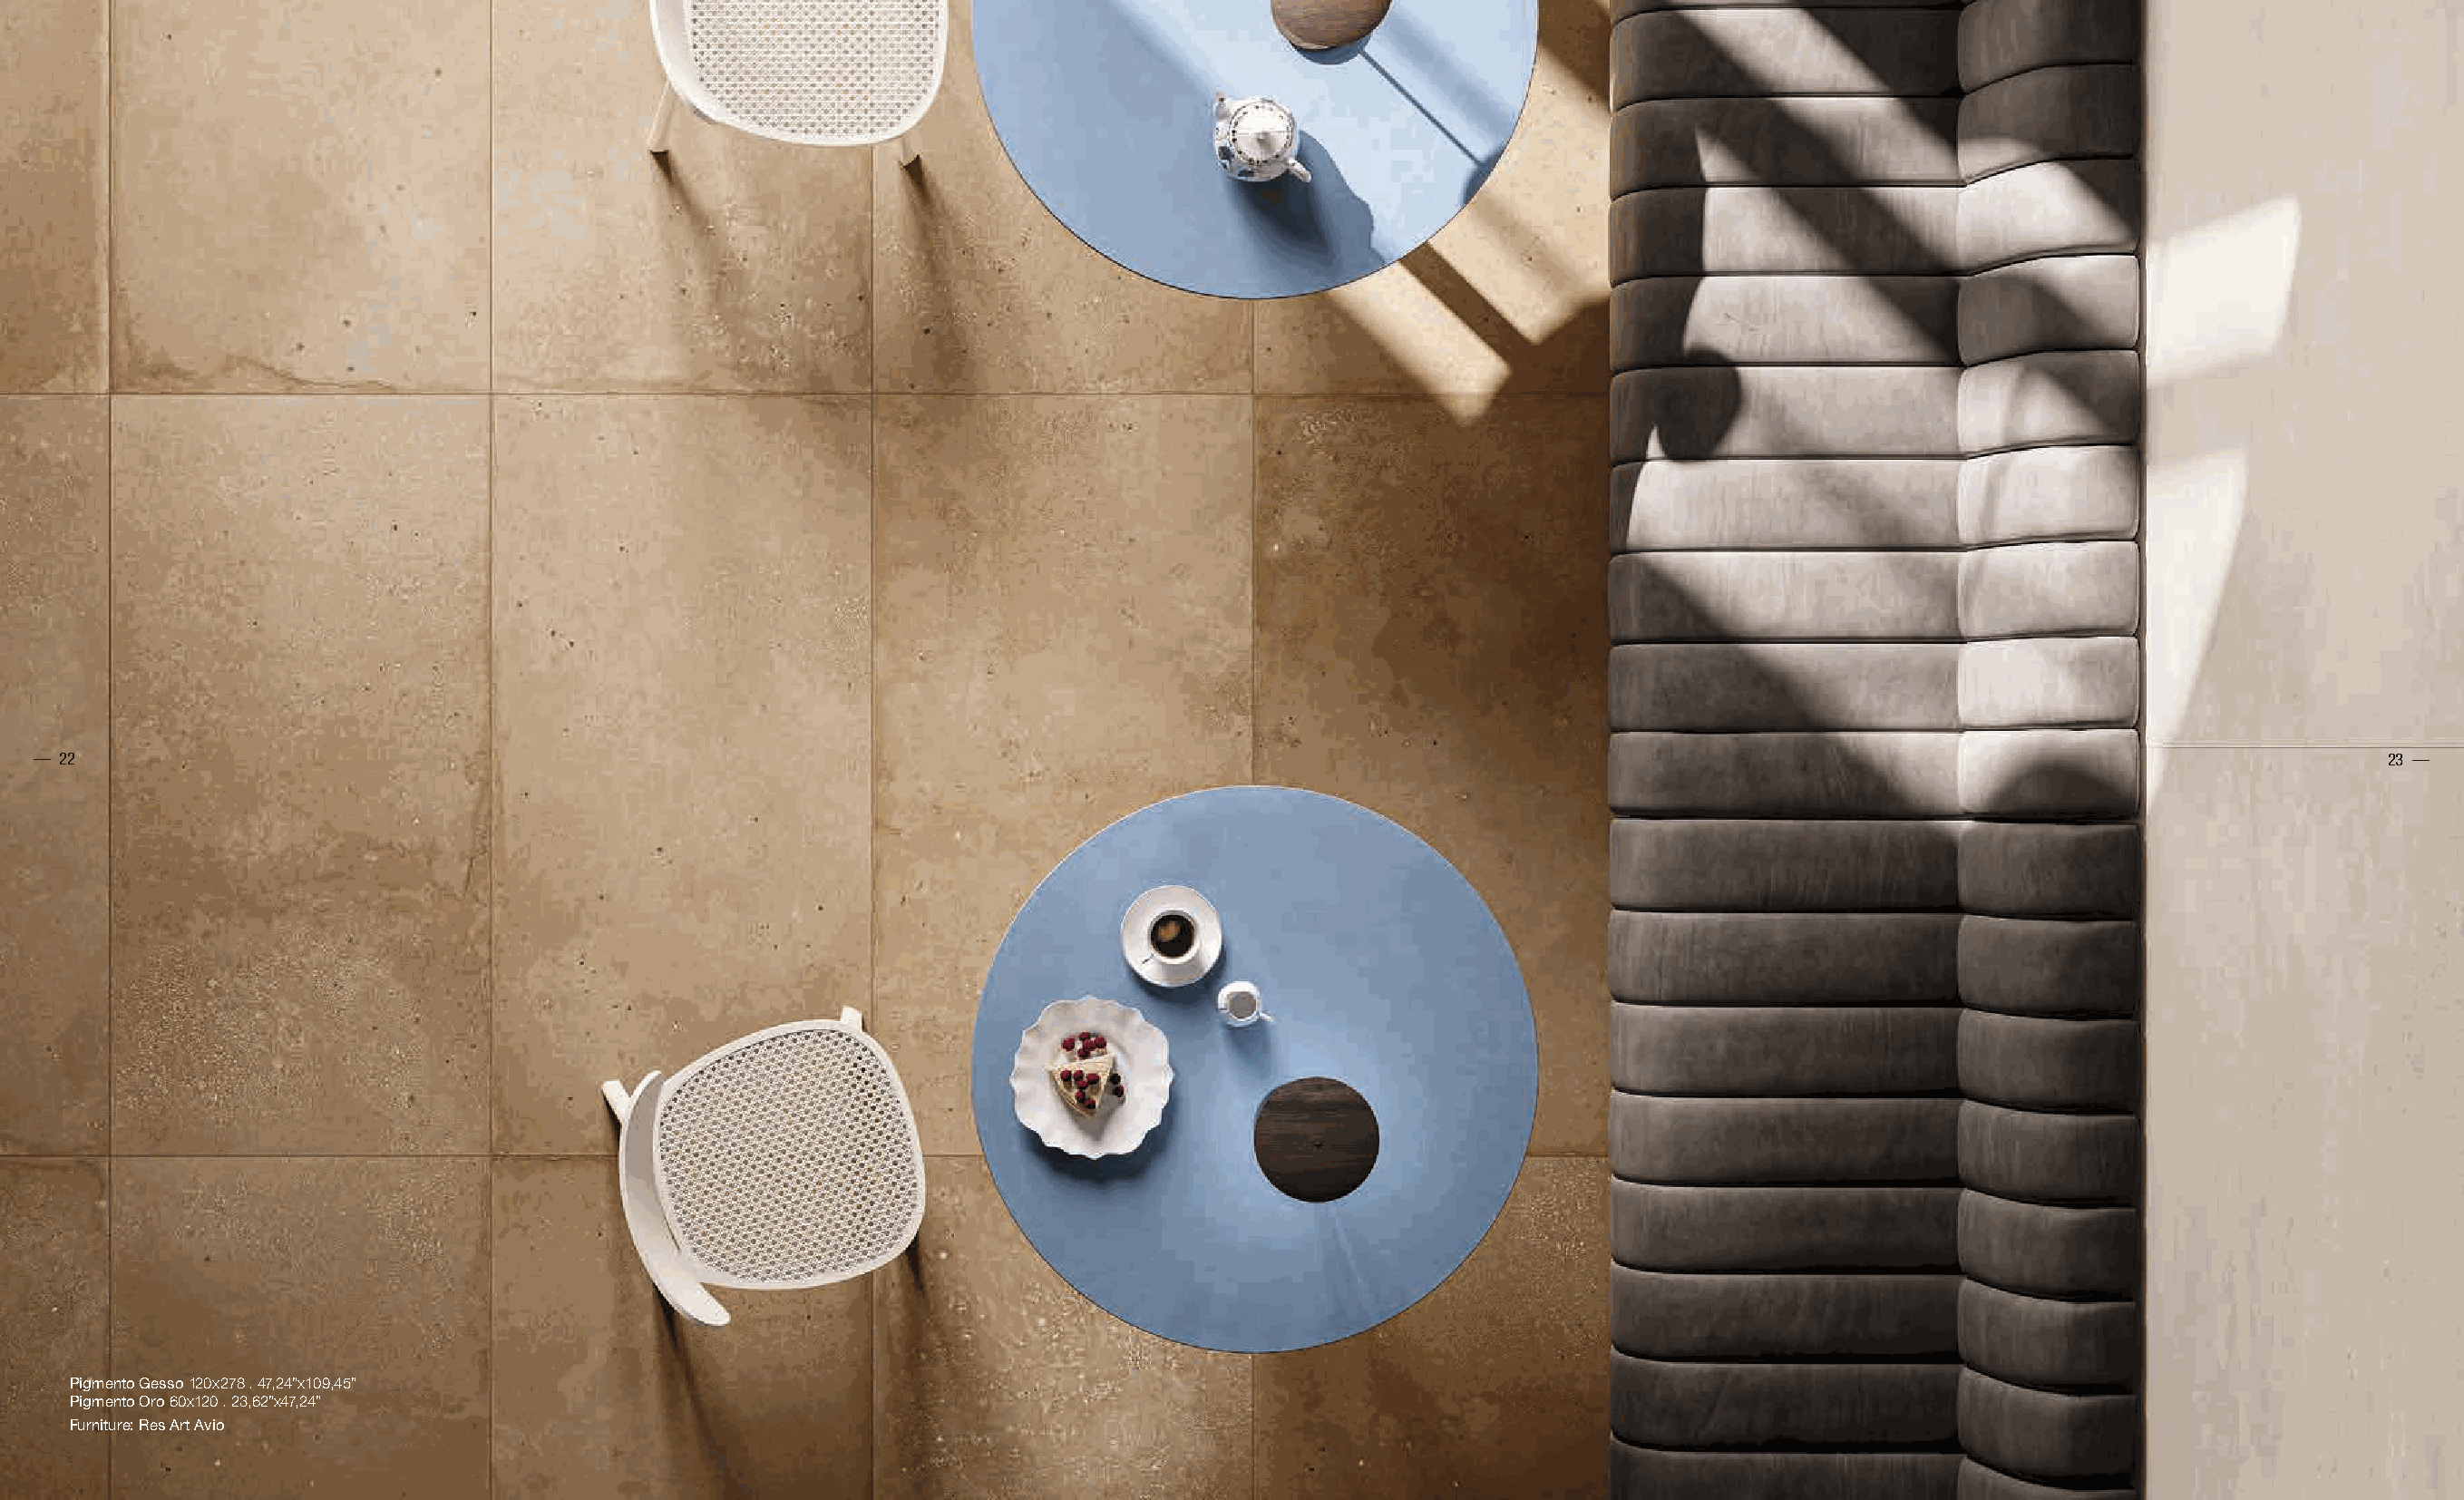
PARTICOLARE INDOOR
 — 22                                                                                                                                                                        23 —
 Pigmento Gesso 120x278 . 47,24”x109,45”
 Pigmento Oro 60x120 . 23,62”x47,24”
 Furniture: Res Art Avio